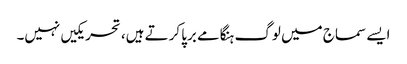
ایسے سماج میں لوگ ہنگامے برپا کرتے ہیں، تحریکیں نہیں۔